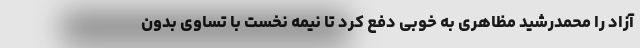
آزاد را محمدرشید مظاهری به خوبی دفع کرد تا نیمه نخست با تساوی بدون